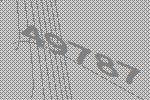
49787